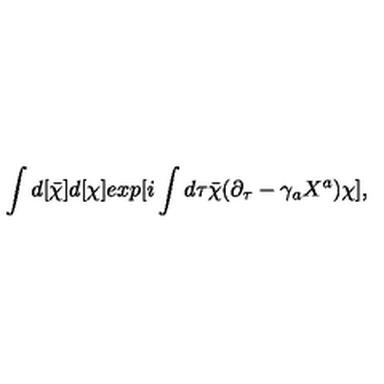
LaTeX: \int d [ { \bar { \chi } } ] d [ \chi ] e x p [ i \int d \tau { \bar { \chi } } ( \partial _ { \tau } - \gamma _ { a } X ^ { a } ) \chi ] ,